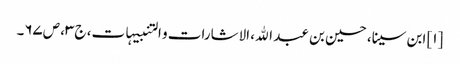
[۱] ابن سینا، حسین بن عبد الله، الاشارات و التنبیہات، ج‌۳، ص‌۶۷‌۔